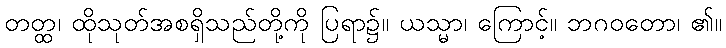
တတ္ထ၊ ထိုသုတ်အစရှိသည်တို့ကို ပြရာ၌။ ယသ္မာ၊ ကြောင့်။ ဘဂဝတော၊ ၏။